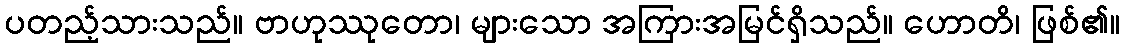
ပတည့်သားသည်။ ဗာဟုဿုတော၊ များသော အကြားအမြင်ရှိသည်။ ဟောတိ၊ ဖြစ်၏။